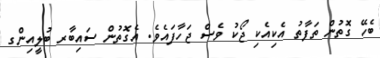
ބެހޭ ގޮތުން ތަފާތު އެކިއެކި ޖޯކު ވެސް ޖަހާފައެވެ. އެގޮތުން ސައިބާރ ބުލީއިންގ